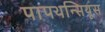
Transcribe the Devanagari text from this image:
पापथन्सियूस